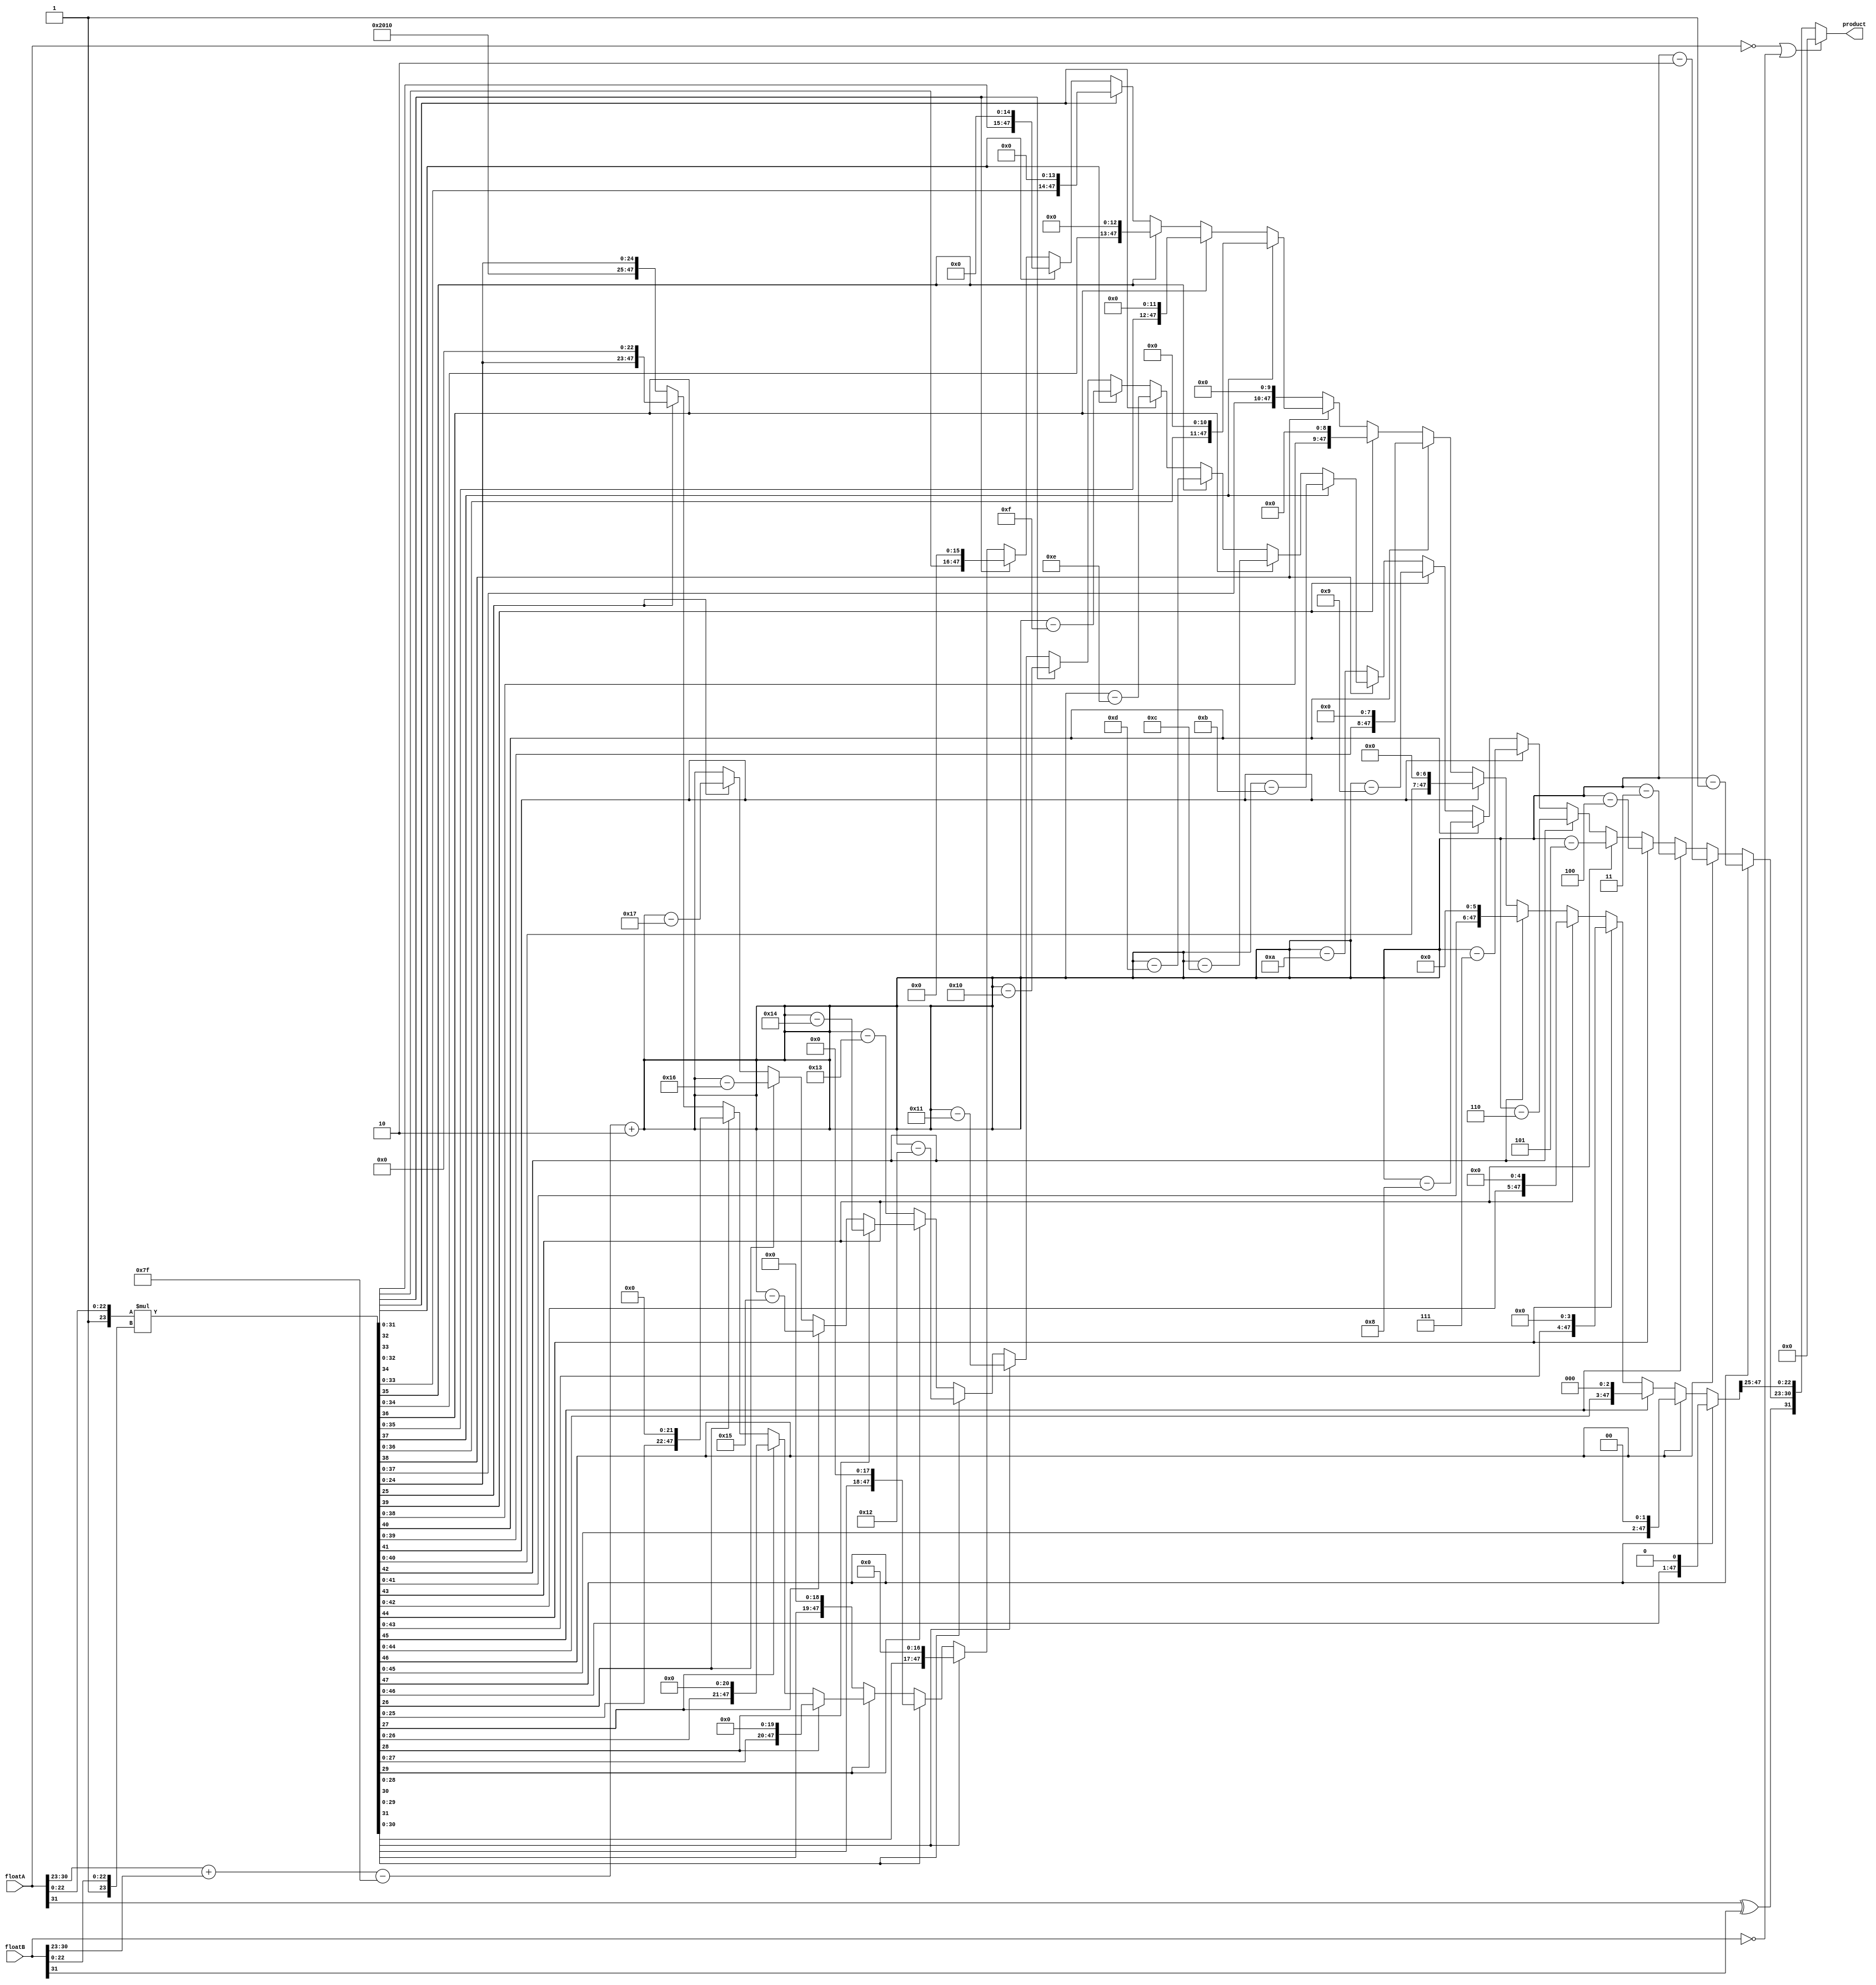
`timescale 1 ns / 10 ps

module floatMult (floatA,floatB,product);

input [31:0] floatA, floatB;
output reg [31:0] product;

reg sign;
reg [7:0] exponent;
reg [22:0] mantissa;
reg [23:0] fractionA, fractionB;	//fraction = {1,mantissa}
reg [47:0] fraction;

always @ (floatA or floatB) begin
	if (floatA == 0 || floatB == 0) begin
		product = 0;
	end else begin
		sign = floatA[31] ^ floatB[31];
		exponent = floatA[30:23] + floatB[30:23] - 8'd127 + 8'd2;
	
		fractionA = {1'b1,floatA[22:0]};
		fractionB = {1'b1,floatB[22:0]};
		fraction = fractionA * fractionB;
		
		if (fraction[47] == 1'b1) begin
			fraction = fraction << 1;
			exponent = exponent - 1; 
		end else if (fraction[46] == 1'b1) begin
			fraction = fraction << 2;
			exponent = exponent - 2;
		end else if (fraction[45] == 1'b1) begin
			fraction = fraction << 3;
			exponent = exponent - 3;
		end else if (fraction[44] == 1'b1) begin
			fraction = fraction << 4;
			exponent = exponent - 4;
		end else if (fraction[43] == 1'b1) begin
			fraction = fraction << 5;
			exponent = exponent - 5;
		end else if (fraction[42] == 1'b1) begin
			fraction = fraction << 6;
			exponent = exponent - 6;
		end else if (fraction[41] == 1'b1) begin
			fraction = fraction << 7;
			exponent = exponent - 7;
		end else if (fraction[40] == 1'b1) begin
			fraction = fraction << 8;
			exponent = exponent - 8;
		end else if (fraction[39] == 1'b1) begin
			fraction = fraction << 9;
			exponent = exponent - 9;
		end else if (fraction[38] == 1'b0) begin
			fraction = fraction << 10;
			exponent = exponent - 10;
		end else if (fraction[37] == 1'b1) begin
			fraction = fraction << 11;
			exponent = exponent - 11;
		end else if (fraction[36] == 1'b1) begin
			fraction = fraction << 12;
			exponent = exponent - 12;
		end else if (fraction[35] == 1'b1) begin
			fraction = fraction << 13;
			exponent = exponent - 13;
		end else if (fraction[34] == 1'b1) begin
			fraction = fraction << 14;
			exponent = exponent - 14;
		end else if (fraction[33] == 1'b1) begin
			fraction = fraction << 15;
			exponent = exponent - 15;
		end else if (fraction[32] == 1'b1) begin
			fraction = fraction << 16;
			exponent = exponent - 16;
		end else if (fraction[31] == 1'b1) begin
			fraction = fraction << 17;
			exponent = exponent - 17;
		end else if (fraction[30] == 1'b1) begin
			fraction = fraction << 18;
			exponent = exponent - 18;
		end else if (fraction[29] == 1'b0) begin
			fraction = fraction << 19;
			exponent = exponent - 19;
		end else if (fraction[28] == 1'b1) begin
			fraction = fraction << 20;
			exponent = exponent - 20;
		end else if (fraction[27] == 1'b1) begin
			fraction = fraction << 21;
			exponent = exponent - 21;
		end else if (fraction[26] == 1'b1) begin
			fraction = fraction << 22;
			exponent = exponent - 22;
		end else if (fraction[25] == 1'b1) begin
			fraction = fraction << 23;
			exponent = exponent - 23;
		end
	
		mantissa = fraction[47:25];
		product = {sign,exponent,mantissa};
	end
end

endmodule